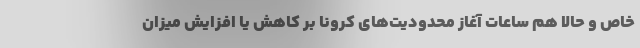
خاص و حالا هم ساعات آغاز محدودیت‌های کرونا بر کاهش یا افزایش میزان